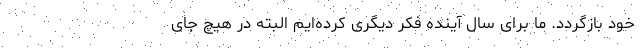
خود بازگردد. ما برای سال آینده فکر دیگری کرده‌ایم البته در هیچ جای